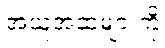
အယူအဆများကို